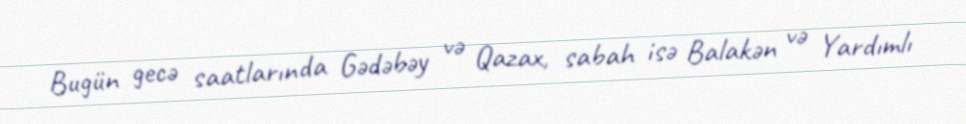
Bugün gecə saatlarında Gədəbəy və Qazax, sabah isə Balakən və Yardımlı